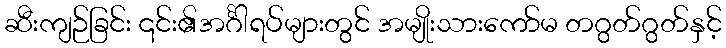
ဆီးကျဉ်ခြင်း ၎င်း၏အင်္ဂါရပ်များတွင် အမျိုးသားကော်မ တဂွတ်ဂွတ်နှင့်